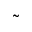
\tilde { }